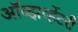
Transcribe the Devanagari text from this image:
ऑब्झर्व्हेटरी